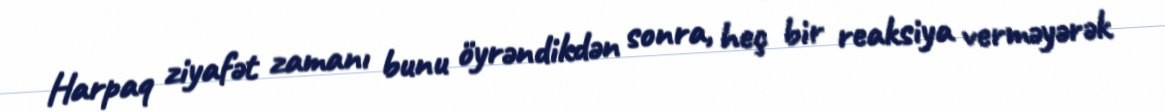
Harpaq ziyafət zamanı bunu öyrəndikdən sonra, heç bir reaksiya verməyərək